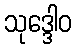
သုဒ္ဒေါဝ